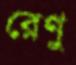
রেণু